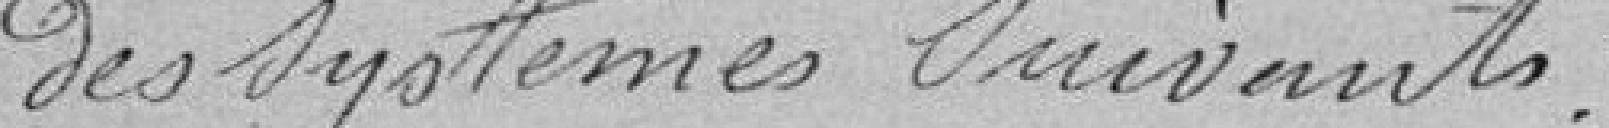
des systèmes suivants :